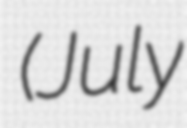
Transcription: (July